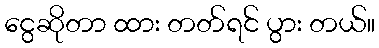
ငွေဆိုတာ ထား တတ်ရင် ပွား တယ်။